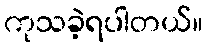
ကုသခဲ့ရပါတယ်။